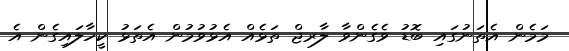
މަމެން އެތަނުގައި ބޮޑު ވެގެންވާ ލާރޖް ތަޅެއް އެޅުވުމުން އެތަޅު ކީހާލައިގެން އެ